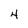
Character: 4